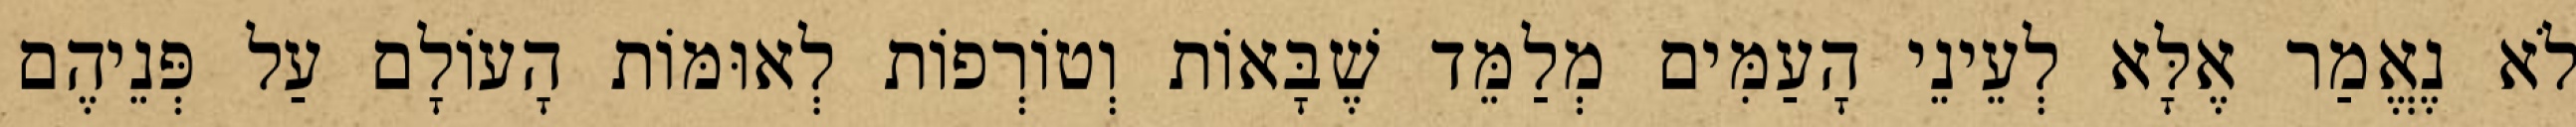
לֹא נֶאֱמַר אֶלָּא לְעֵינֵי הָעַמִּים מְלַמֵּד שֶׁבָּאוֹת וְטוֹרְפוֹת לְאוּמּוֹת הָעוֹלָם עַל פְּנֵיהֶם